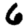
Digit: 6